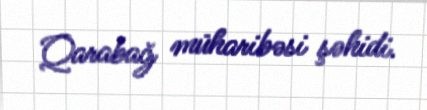
Qarabağ müharibəsi şəhidi.